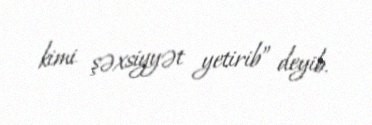
kimi şəxsiyyət yetirib” deyib.